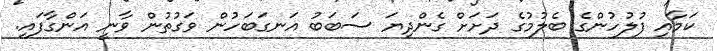
ކަމާއި ފުލުހުންގެ ބެލުމުގެ ދަށަށް ގެންދިޔަ ސަބަބު އަނގަބަހުން ވަގުތުން ވާނީ އަންގާފައި.